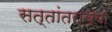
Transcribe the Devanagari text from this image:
सत्तांतराच्या